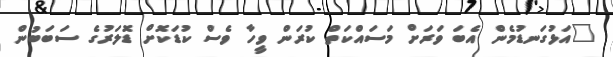
"އަޅުގަނޑުމެން އެބަ ވަރަށް މަސައްކަތް ކުރަން ވީހާ ވެސް ކުޑަކޮށް ޑޮލަރުގެ ސަބަބުން